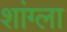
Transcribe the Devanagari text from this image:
शांग्ला